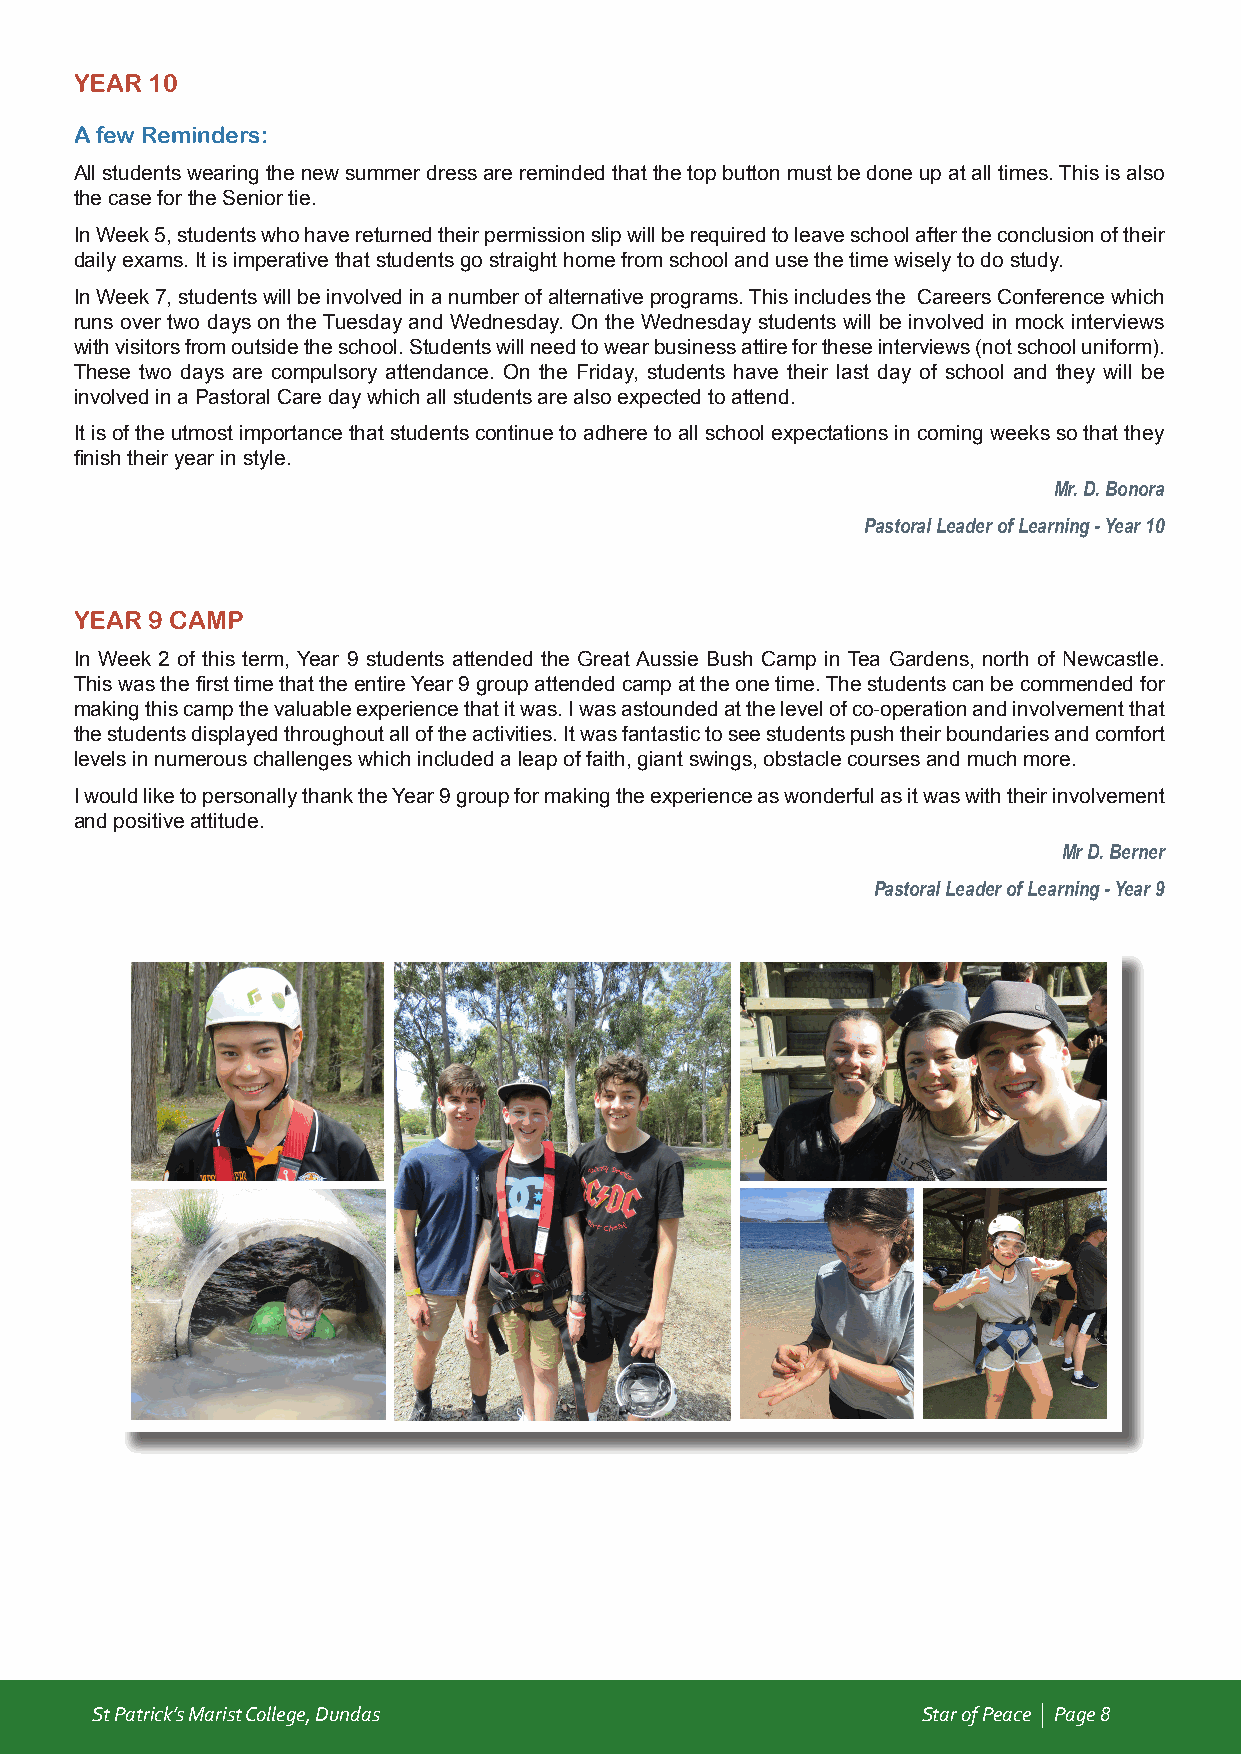
YEAR 10
 A few Reminders:
 All students wearing the new summer dress are reminded that the top button must be done up at all times. This is also
 the case for the Senior tie.
 In Week 5, students who have returned their permission slip will be required to leave school after the conclusion of their
 daily exams. It is imperative that students go straight home from school and use the time wisely to do study.
 In Week 7, students will be involved in a number of alternative programs. This includes the Careers Conference which
 runs over two days on the Tuesday and Wednesday. On the Wednesday students will be involved in mock interviews
 with visitors from outside the school. Students will need to wear business attire for these interviews (not school uniform).
 These two days are compulsory attendance. On the Friday, students have their last day of school and they will be
 involved in a Pastoral Care day which all students are also expected to attend.
 It is of the utmost importance that students continue to adhere to all school expectations in coming weeks so that they
 finish their year in style.
 Mr. D. Bonora
 Pastoral Leader of Learning - Year 10
 YEAR 9 CAMP
 In Week 2 of this term, Year 9 students attended the Great Aussie Bush Camp in Tea Gardens, north of Newcastle.
 This was the first time that the entire Year 9 group attended camp at the one time. The students can be commended for
 making this camp the valuable experience that it was. I was astounded at the level of co-operation and involvement that
 the students displayed throughout all of the activities. It was fantastic to see students push their boundaries and comfort
 levels in numerous challenges which included a leap of faith, giant swings, obstacle courses and much more.
 I would like to personally thank the Year 9 group for making the experience as wonderful as it was with their involvement
 and positive attitude.
 Mr D. Berner
 Pastoral Leader of Learning - Year 9
 St Patrick’s Marist College, Dundas                    Star of Peace | Page 8